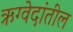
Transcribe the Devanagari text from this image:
ऋग्वेदांतील